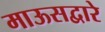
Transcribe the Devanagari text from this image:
माऊसद्वारे